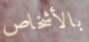
بالأشخاص